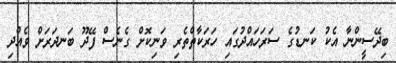
ބިދޭސީންނާ އެކު ކަނޑުގެ ސަރަހައްދުގައި ހަރަކާތްތެެރި ވަނިކޮށް ގެނެސް ފޭދޫ ބަނދަރަށް ވެއްދި